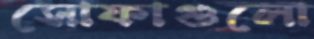
সোফাগুলো